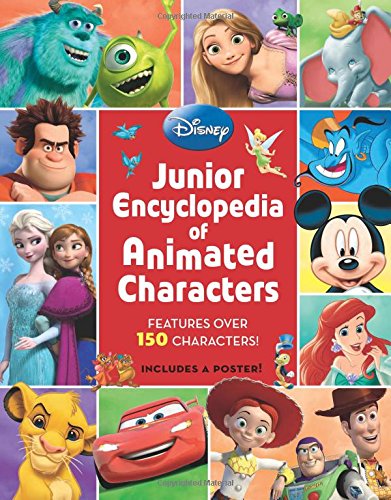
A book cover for Junior Encyclopedia of Animated Characters; Disney Book Group; Humor & Entertainment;